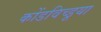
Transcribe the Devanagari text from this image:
कोंडविच्डूया